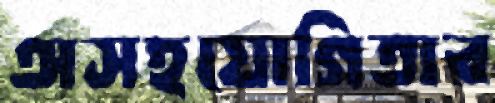
অসহযোগিতার